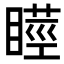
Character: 𭿘